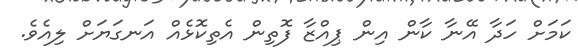
ކަމަށް ހަދާ އޭނާ ކާން އިން ޕިއްޒާ ފޮތިން އެތިކޮޅެއް އަނގަޔަށް ލިއެވެ.